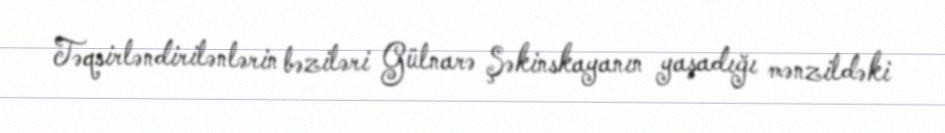
Təqsirləndirilənlərin bəziləri Gülnarə Şəkinskayanın yaşadığı mənzildəki